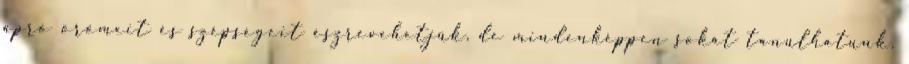
apró örömeit és szépségeit észrevehetjük, de mindenképpen sokat tanulhatunk.